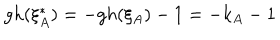
LaTeX: g h ( \xi _ { A } ^ { * } ) = - g h ( \xi _ { A } ) - 1 = - k _ { A } - 1